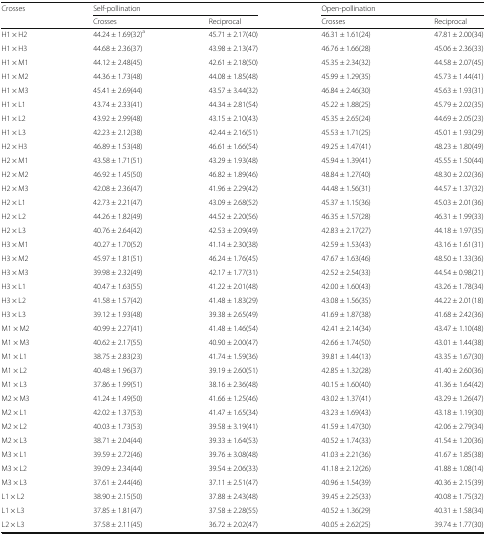
<table><thead><tr><td rowspan="2"><b>Crosses</b></td><td colspan="2"><b>Self-pollination</b></td><td colspan="2"><b>Open-pollination</b></td></tr><tr><td><b>Crosses</b></td><td><b>Reciprocal</b></td><td><b>Crosses</b></td><td><b>Reciprocal</b></td></tr></thead><tbody><tr><td>H1 × H2</td><td>44.24 ± 1.69(32)<sup>a</sup></td><td>45.71 ± 2.17(40)</td><td>46.31 ± 1.61(24)</td><td>47.81 ± 2.00(34)</td></tr><tr><td>H1 × H3</td><td>44.68 ± 2.36(37)</td><td>43.98 ± 2.13(47)</td><td>46.76 ± 1.66(28)</td><td>45.06 ± 2.36(33)</td></tr><tr><td>H1 × M1</td><td>44.12 ± 2.48(45)</td><td>42.61 ± 2.18(50)</td><td>45.35 ± 2.34(32)</td><td>44.58 ± 2.07(45)</td></tr><tr><td>H1 × M2</td><td>44.36 ± 1.73(48)</td><td>44.08 ± 1.85(48)</td><td>45.99 ± 1.29(35)</td><td>45.73 ± 1.44(41)</td></tr><tr><td>H1 × M3</td><td>45.41 ± 2.69(44)</td><td>43.57 ± 3.44(32)</td><td>46.84 ± 2.46(30)</td><td>45.63 ± 1.93(31)</td></tr><tr><td>H1 × L1</td><td>43.74 ± 2.33(41)</td><td>44.34 ± 2.81(54)</td><td>45.22 ± 1.88(25)</td><td>45.79 ± 2.02(35)</td></tr><tr><td>H1 × L2</td><td>43.92 ± 2.99(48)</td><td>43.15 ± 2.10(43)</td><td>45.35 ± 2.65(24)</td><td>44.69 ± 2.05(23)</td></tr><tr><td>H1 × L3</td><td>42.23 ± 2.12(38)</td><td>42.44 ± 2.16(51)</td><td>45.53 ± 1.71(25)</td><td>45.01 ± 1.93(29)</td></tr><tr><td>H2 × H3</td><td>46.89 ± 1.53(48)</td><td>46.61 ± 1.66(54)</td><td>49.25 ± 1.47(41)</td><td>48.23 ± 1.80(49)</td></tr><tr><td>H2 × M1</td><td>43.58 ± 1.71(51)</td><td>43.29 ± 1.93(48)</td><td>45.94 ± 1.39(41)</td><td>45.55 ± 1.50(44)</td></tr><tr><td>H2 × M2</td><td>46.92 ± 1.45(50)</td><td>46.82 ± 1.89(46)</td><td>48.84 ± 1.27(40)</td><td>48.30 ± 2.02(36)</td></tr><tr><td>H2 × M3</td><td>42.08 ± 2.36(47)</td><td>41.96 ± 2.29(42)</td><td>44.48 ± 1.56(31)</td><td>44.57 ± 1.37(32)</td></tr><tr><td>H2 × L1</td><td>42.73 ± 2.21(47)</td><td>43.09 ± 2.68(52)</td><td>45.37 ± 1.15(36)</td><td>45.03 ± 2.01(36)</td></tr><tr><td>H2 × L2</td><td>44.26 ± 1.82(49)</td><td>44.52 ± 2.20(56)</td><td>46.35 ± 1.57(28)</td><td>46.31 ± 1.99(33)</td></tr><tr><td>H2 × L3</td><td>40.76 ± 2.64(42)</td><td>42.53 ± 2.09(49)</td><td>42.83 ± 2.17(27)</td><td>44.18 ± 1.97(35)</td></tr><tr><td>H3 × M1</td><td>40.27 ± 1.70(52)</td><td>41.14 ± 2.30(38)</td><td>42.59 ± 1.53(43)</td><td>43.16 ± 1.61(31)</td></tr><tr><td>H3 × M2</td><td>45.97 ± 1.81(51)</td><td>46.24 ± 1.76(45)</td><td>47.67 ± 1.63(46)</td><td>48.50 ± 1.33(36)</td></tr><tr><td>H3 × M3</td><td>39.98 ± 2.32(49)</td><td>42.17 ± 1.77(31)</td><td>42.52 ± 2.54(33)</td><td>44.54 ± 0.98(21)</td></tr><tr><td>H3 × L1</td><td>40.47 ± 1.63(55)</td><td>41.22 ± 2.01(48)</td><td>42.00 ± 1.60(43)</td><td>43.26 ± 1.78(34)</td></tr><tr><td>H3 × L2</td><td>41.58 ± 1.57(42)</td><td>41.48 ± 1.83(29)</td><td>43.08 ± 1.56(35)</td><td>44.22 ± 2.01(18)</td></tr><tr><td>H3 × L3</td><td>39.12 ± 1.93(48)</td><td>39.38 ± 2.65(49)</td><td>41.69 ± 1.87(38)</td><td>41.68 ± 2.42(36)</td></tr><tr><td>M1 × M2</td><td>40.99 ± 2.27(41)</td><td>41.48 ± 1.46(54)</td><td>42.41 ± 2.14(34)</td><td>43.47 ± 1.10(48)</td></tr><tr><td>M1 × M3</td><td>40.62 ± 2.17(55)</td><td>40.90 ± 2.00(47)</td><td>42.66 ± 1.74(50)</td><td>43.01 ± 1.44(38)</td></tr><tr><td>M1 × L1</td><td>38.75 ± 2.83(23)</td><td>41.74 ± 1.59(36)</td><td>39.81 ± 1.44(13)</td><td>43.35 ± 1.67(30)</td></tr><tr><td>M1 × L2</td><td>40.48 ± 1.96(37)</td><td>39.19 ± 2.60(51)</td><td>42.85 ± 1.32(28)</td><td>41.40 ± 2.60(36)</td></tr><tr><td>M1 × L3</td><td>37.86 ± 1.99(51)</td><td>38.16 ± 2.36(48)</td><td>40.15 ± 1.60(40)</td><td>41.36 ± 1.64(42)</td></tr><tr><td>M2 × M3</td><td>41.24 ± 1.49(50)</td><td>41.66 ± 1.25(46)</td><td>43.02 ± 1.37(41)</td><td>43.29 ± 1.26(47)</td></tr><tr><td>M2 × L1</td><td>42.02 ± 1.37(53)</td><td>41.47 ± 1.65(34)</td><td>43.23 ± 1.69(43)</td><td>43.18 ± 1.19(30)</td></tr><tr><td>M2 × L2</td><td>40.03 ± 1.73(53)</td><td>39.58 ± 3.19(41)</td><td>41.59 ± 1.47(30)</td><td>42.06 ± 2.79(34)</td></tr><tr><td>M2 × L3</td><td>38.71 ± 2.04(44)</td><td>39.33 ± 1.64(53)</td><td>40.52 ± 1.74(33)</td><td>41.54 ± 1.20(36)</td></tr><tr><td>M3 × L1</td><td>39.59 ± 2.72(46)</td><td>39.76 ± 3.08(48)</td><td>41.03 ± 2.21(36)</td><td>41.67 ± 1.85(38)</td></tr><tr><td>M3 × L2</td><td>39.09 ± 2.34(44)</td><td>39.54 ± 2.06(33)</td><td>41.18 ± 2.12(26)</td><td>41.88 ± 1.08(14)</td></tr><tr><td>M3 × L3</td><td>37.61 ± 2.44(46)</td><td>37.11 ± 2.51(47)</td><td>40.96 ± 1.54(39)</td><td>40.36 ± 2.15(39)</td></tr><tr><td>L1 × L2</td><td>38.90 ± 2.15(50)</td><td>37.88 ± 2.43(48)</td><td>39.45 ± 2.25(33)</td><td>40.08 ± 1.75(32)</td></tr><tr><td>L1 × L3</td><td>37.85 ± 1.81(47)</td><td>37.58 ± 2.28(55)</td><td>40.52 ± 1.36(29)</td><td>40.31 ± 1.58(34)</td></tr><tr><td>L2 × L3</td><td>37.58 ± 2.11(45)</td><td>36.72 ± 2.02(47)</td><td>40.05 ± 2.62(25)</td><td>39.74 ± 1.77(30)</td></tr></tbody></table>